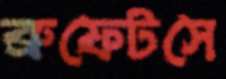
ব্রুফেটসে